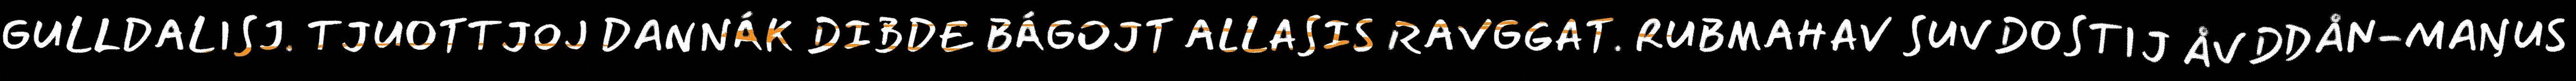
GULLDALISJ. TJUOTTJOJ DANNÁK DIBDE BÁGOJT ALLASIS RAVGGAT. RUBMAHAV SUVDOSTIJ ÅVDDÅN-MAŊUS